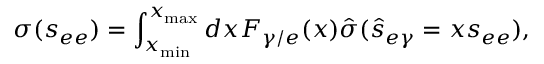
\sigma ( s _ { e e } ) = \int _ { x _ { \mathrm { m i n } } } ^ { x _ { \mathrm { m a x } } } d x F _ { \gamma / e } ( x ) \hat { \sigma } ( \hat { s } _ { e \gamma } = x s _ { e e } ) ,